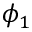
\phi _ { 1 }